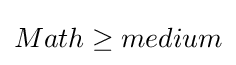
Math\geq medium